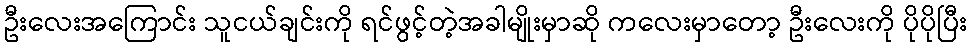
ဦးလေးအကြောင်း သူငယ်ချင်းကို ရင်ဖွင့်တဲ့အခါမျိုးမှာဆို ကလေးမှာတော့ ဦးလေးကို ပိုပိုပြီး